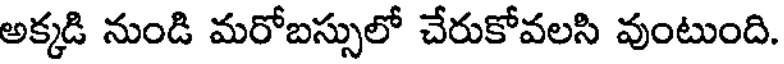
అక్కడి నుండి మరోబస్సులో చేరుకోవలసి వుంటుంది.